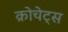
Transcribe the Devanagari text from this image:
क्रोचेट्स